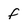
Character: f